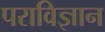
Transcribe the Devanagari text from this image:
पराविज्ञान